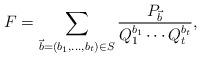
LaTeX: \begin{align*} F = \sum_{\vec b=(b_1,\ldots,b_t) \in S} \frac{P_{\vec b}}{Q_1^{b_1}\cdots Q_t^{b_t}}, \end{align*}